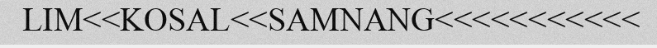
LIM<<KOSAL<<SAMNANG<<<<<<<<<<<